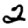
Digit: 2